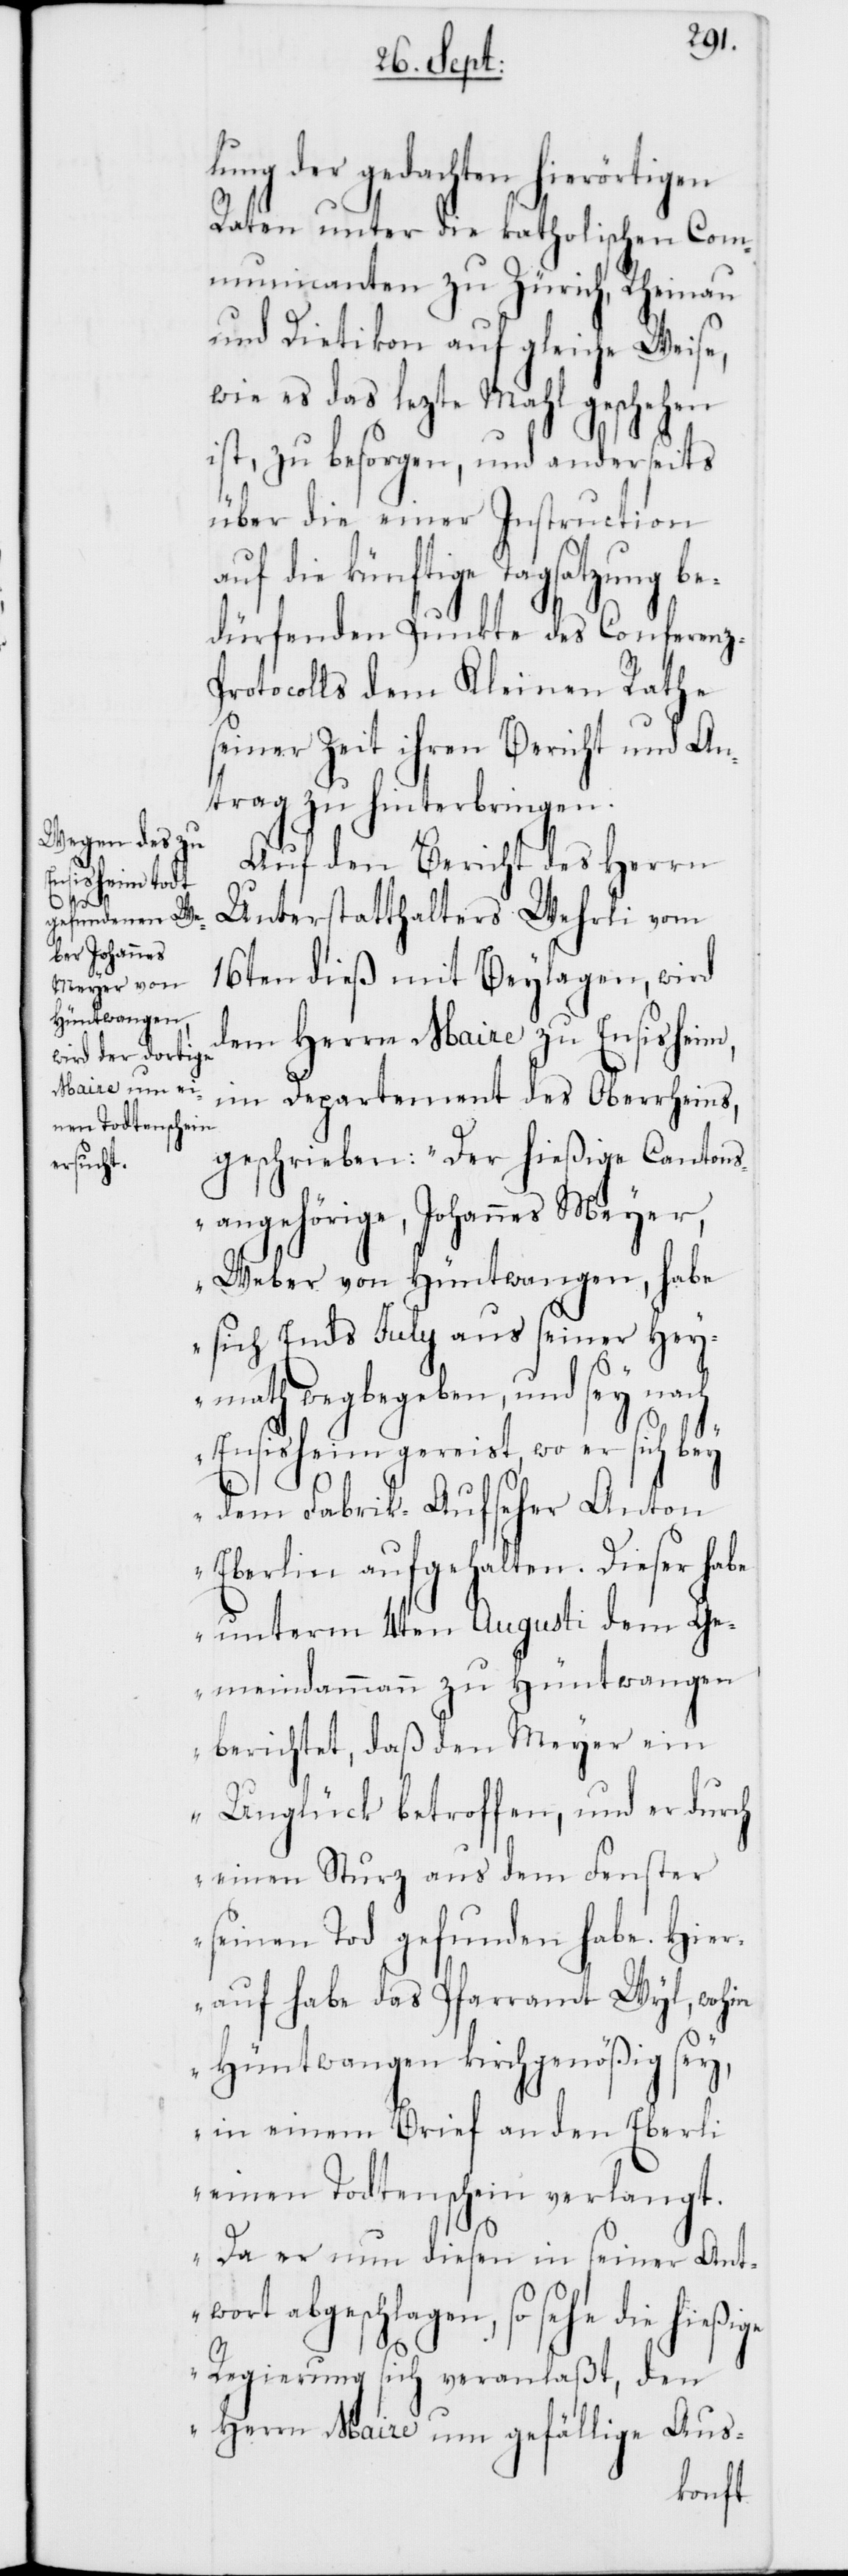
lung der gedachten hierörtigen
Raten unter die katholischen Com¬
municanten zu Zürich, Rheinau
und Dietikon auf gleiche Weise,
wie es das lezte Mahl geschehen
ist, zu besorgen, und anderseits
über die einer Instruction
die könftige Tagsatzung b¬
edürfenden Punkte des Conferenz-P¬
rotocolls dem Kleinen Rathe
seiner Zeit ihren Bericht und An¬
trag zu hinterbringen.
Auf den Bericht des Herrn
Unterstatthalters Wehrli vom
16ten dieß mit Beylagen, wird
dem Herrn Maire zu Ensisheim,
im Departement des Oberrheins,
geschrieben: „Der hießige Cantons¬
angehörige, Johannes Meyer,
Weber von Hüntwangen, habe
sich Ends July aus seiner Hey¬
math weg begeben, und sey nach
Ensisheim gereist, wo er sich bey
dem Fabrik-Aufseher Anton
Eberlin aufgehalten. Dieser habe
unterm 4ten Augusti dem Ge¬
meindammann zu Hüntwangen
berichtet, daß den Meyer ein
Unglück betroffen, und er durch
einen Sturz aus dem Fenster
seinen tod gefunden habe. Hie¬
rauf habe das Pfarramt Wyl, wohin
Hüntwangen kirchgenößig sey,
in einem Brief an den Eberlin
einen Todtenschein verlangt.
Da er nun diesen in seiner Antw¬
ort abgeschlagen, so sehe die
Regierung sich veranlaßt, den
Herrn Maire um gefällige Aus-